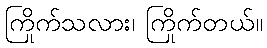
ကြိုက်သလား၊ ကြိုက်တယ်။